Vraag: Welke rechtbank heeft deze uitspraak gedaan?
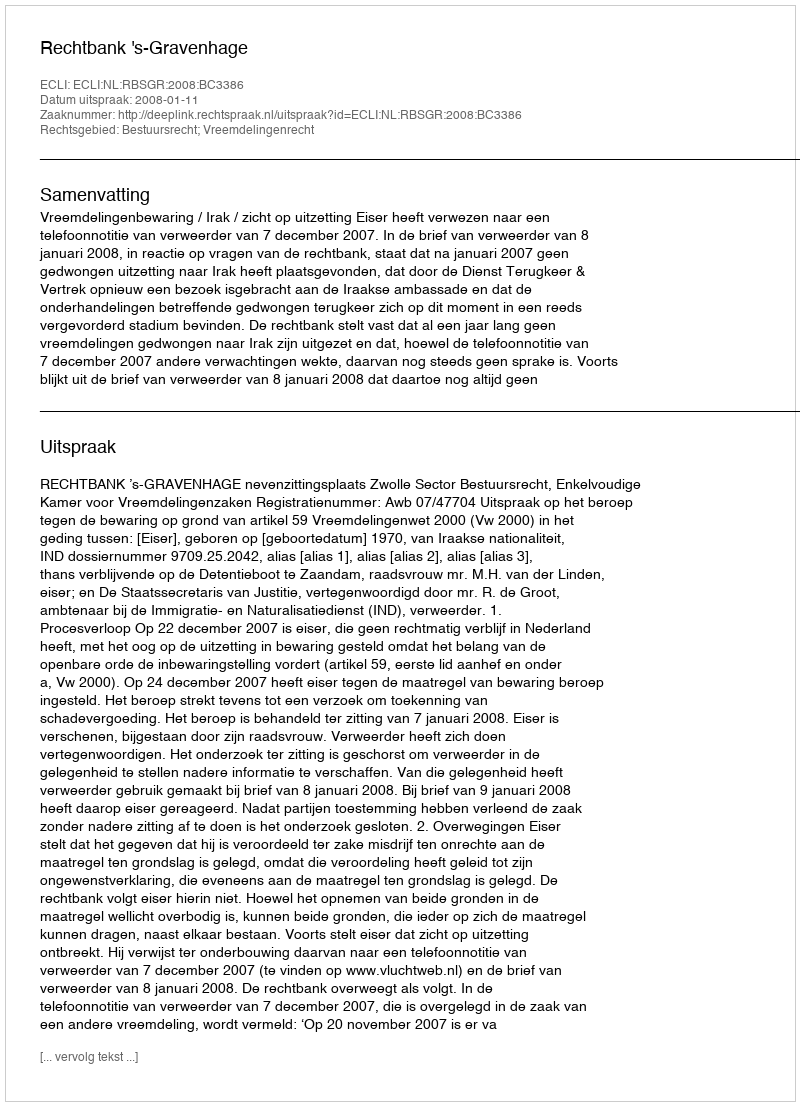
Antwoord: Rechtbank 's-Gravenhage